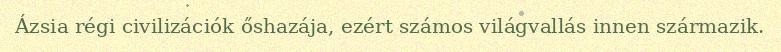
Ázsia régi civilizációk őshazája, ezért számos világvallás innen származik.